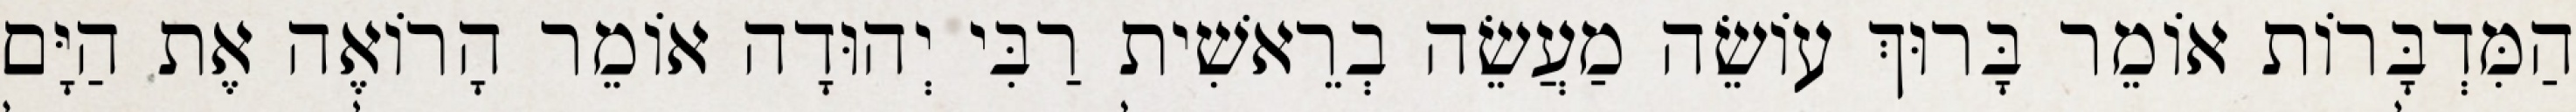
הַמִּדְבָּרוֹת אוֹמֵר בָּרוּךְ עוֹשֵׂה מַעֲשֵׂה בְרֵאשִׁית רַבִּי יְהוּדָה אוֹמֵר הָרוֹאֶה אֶת הַיָּם